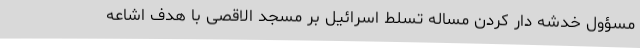
مسؤول خدشه دار کردن مساله تسلط اسرائیل بر مسجد الاقصی با هدف اشاعه